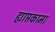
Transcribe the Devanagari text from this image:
ह्याप्तकामा